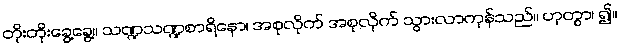
တိုးတိုးခွေ့ခွေ့။ သဏ္ဍသဏ္ဍစာရိနော၊ အစုလိုက် အစုလိုက် သွားလာကုန်သည်။ ဟုတွာ၊ ၍။